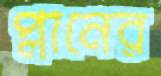
প্লানের